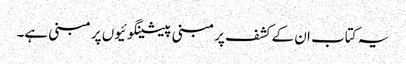
یہ کتاب ان کے کشف پر مبنی پیشینگوئیوں پر مبنی ہے۔